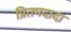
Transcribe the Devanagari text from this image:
प्रितमदादा